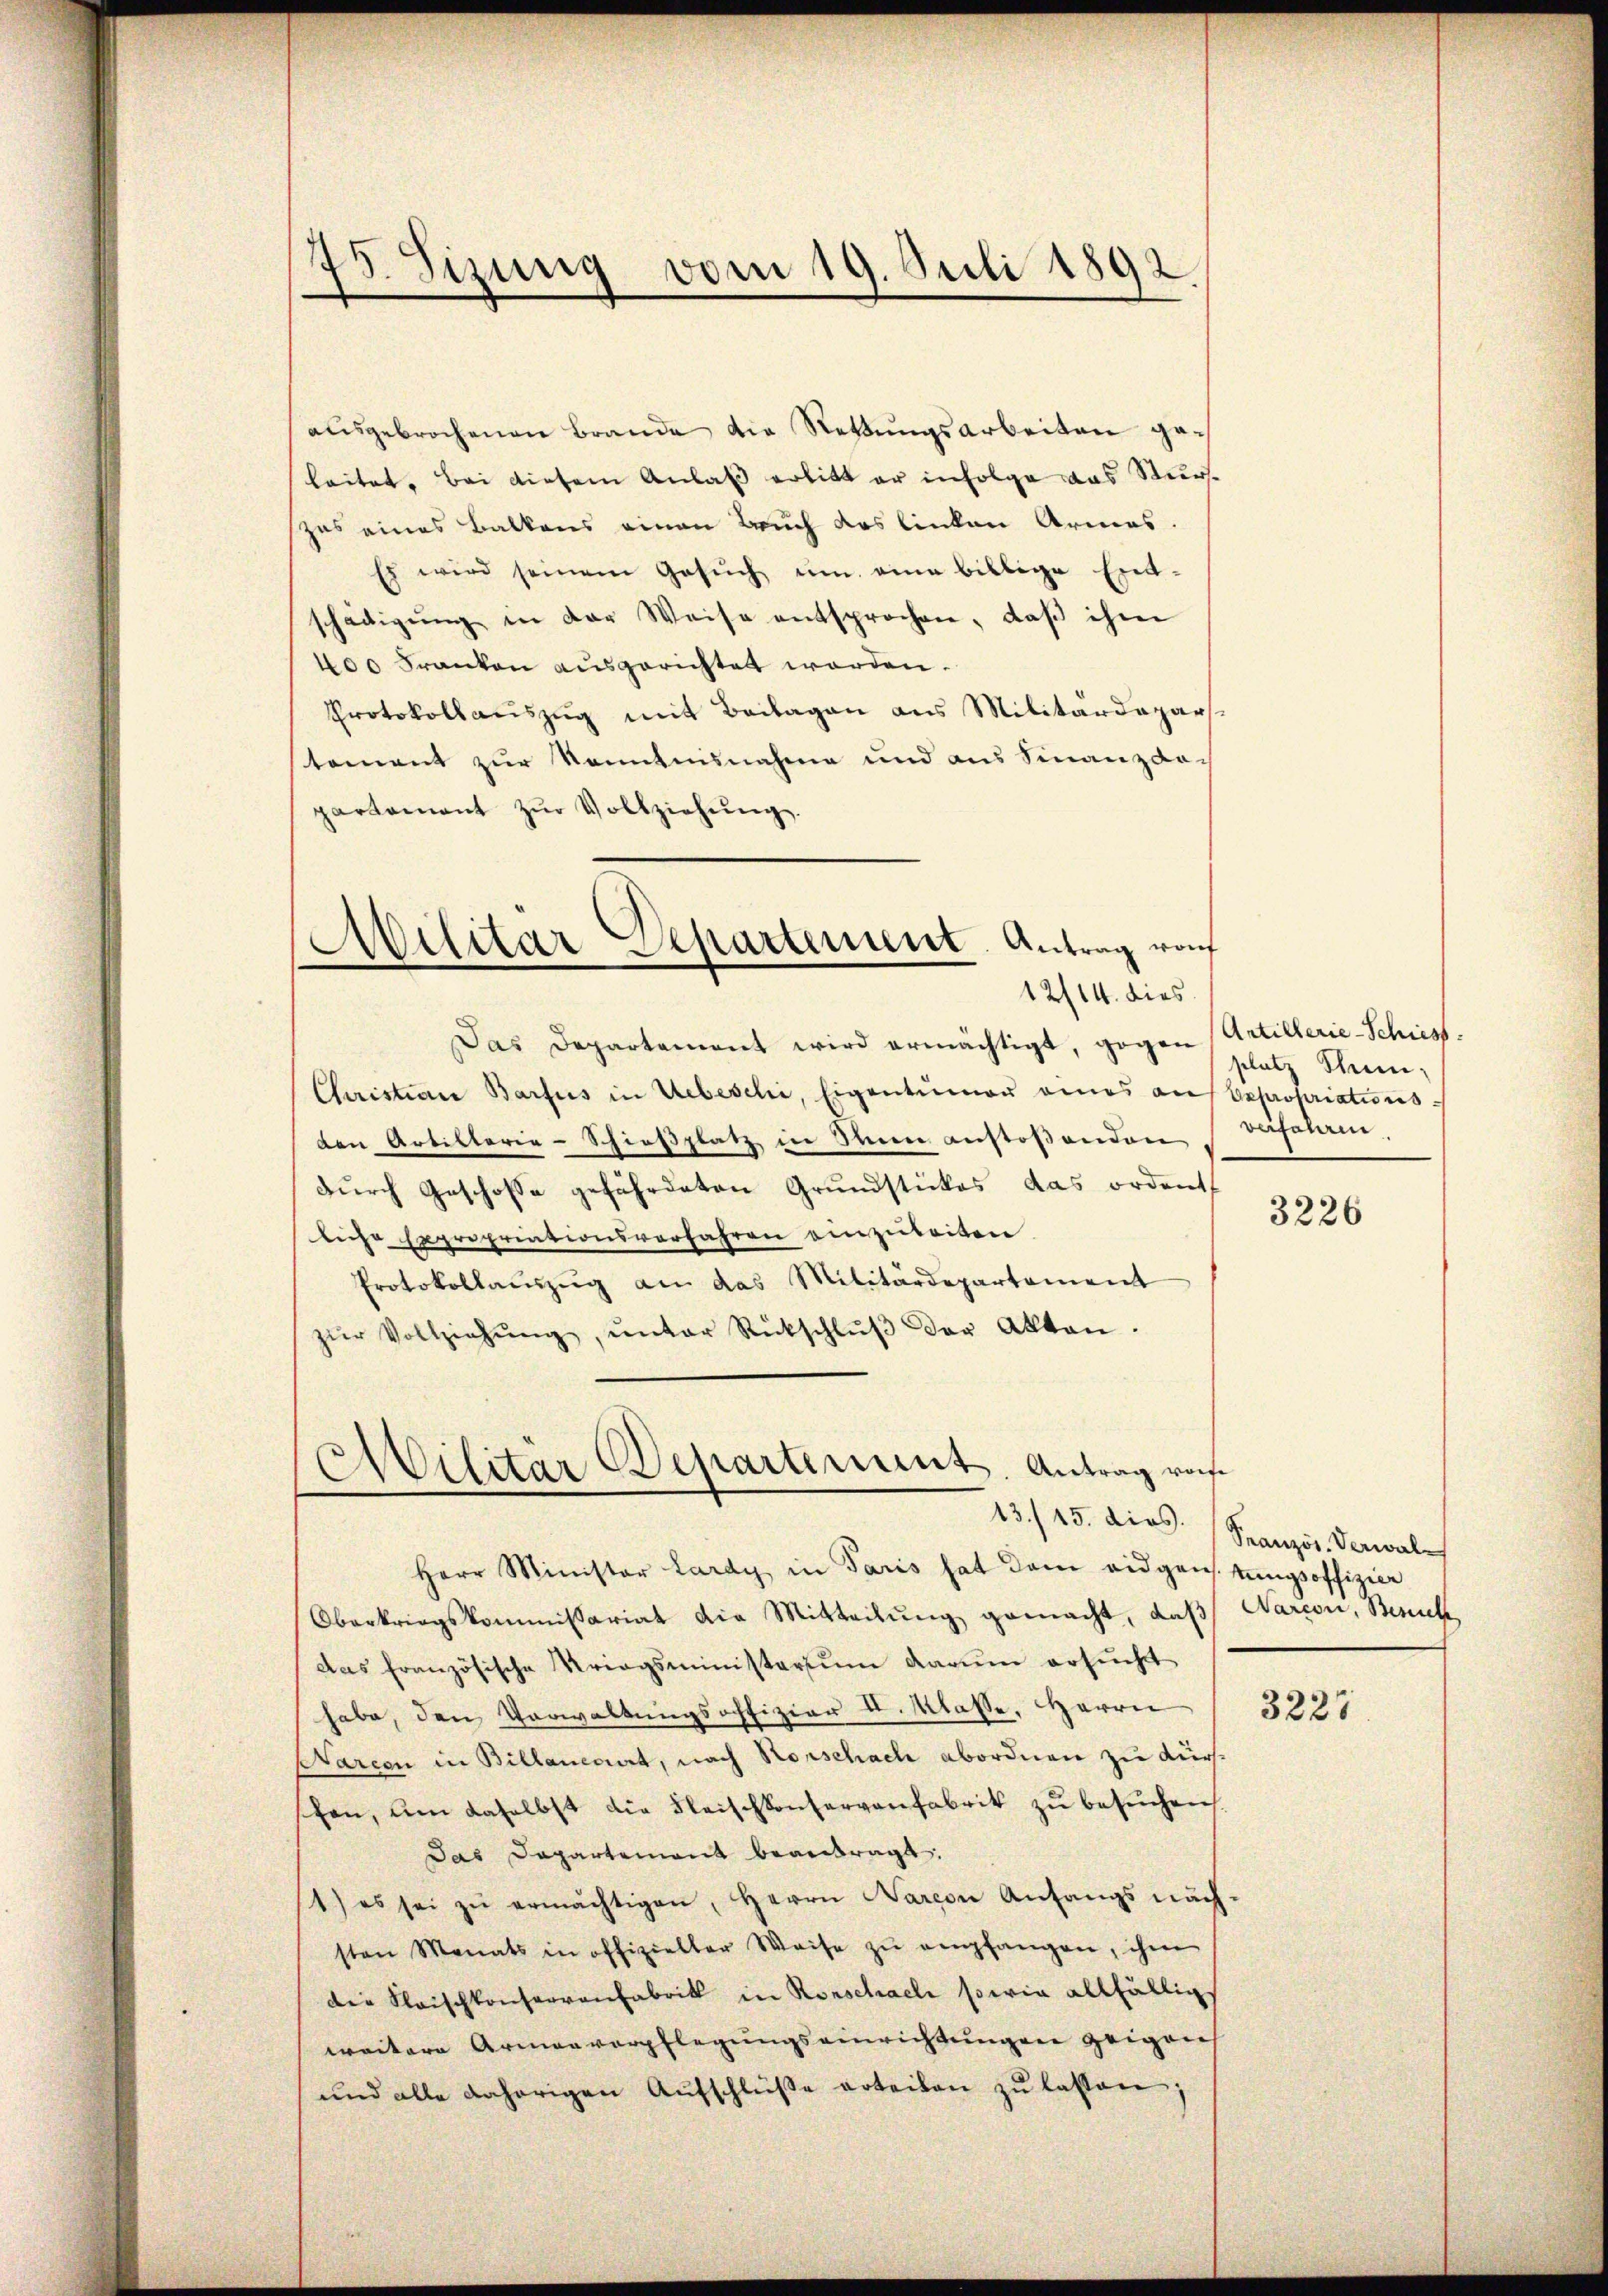
75. Seizung vom 19. Juli 1892.

ausgebrochenen Brande die Rettungsarbeiten geleitet. Bei diesem Anlaß erlitt er infolge das Surzes eines Balkens einen Bruch das linken Armes.
Es wird seinem Gesŭch ŭm eine billige Ent-
schädigŭng in der Weise entsprochen, daβ ihm
400 Franken ausgerichtet worden.
Protokollauszug mit Beilagen aus Militärdepars.
tement zur Kenntnisnahme und aus Finanzdoch
partement zŭr Vollziehŭng.
Militar Departement. Antrag rof
12/14. dies
Das Departament wird ermächtigt, gegen Artillerie-Schiest.
Curistian Barfus in Uebeschi, Eigentümer eines auf Expropriations-
den Artilterie-Schießplatz in Sein anstossenden
durch Geschosse gefährdeten Grundstückes das ordent
liche Expropriationsverfahren einzubeiten
Protokollaŭszŭg an das Militärdepartement
zŭr Vollziehŭng ŭnter Rückschlŭβ der Akten.
Militär Departement. Antrag von

Herr Minister Lardy in Paris hat dem eidgens. tŭngsoffizier
Oberkriegskommissariat die Mitteilung gemacht, daß Narcon, Zürich
das französische Kriegsministerium darum ersucht
habe, den Verwaltungsoffizier u. Klasse, Herrn
arcon in Billanedert, nach Rorschach abordnen zu dürfschen, am daselbst die Fleischkonservanfabrik zu besuchen,
Das Dapartement beantragt.
1) es sei zŭ ermächtigen, Herrn Baron Anfangs näch-
sten Monats in offizieller Weise zŭ empfangen, ihm
die Klaischkonservanfabrik in Rorschaeli sowie allfälligs
weitere Armenverpflegungseinrichtungen zeigens
und alle daherigen Aŭfschlüße erteilen zu lassen

13./25. dies. Französ. Verwal

platz Stein,
verfahren

3226

3227